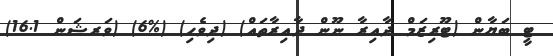
ޓީ ބަޔާން (ޓޫރިޒަމް ދާއިރާ ނޫން ދާއިރާތައް) (ދިވެހި) (%6) (ވަރޝަން 16.1)